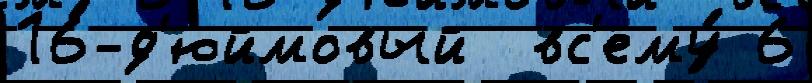
16-д'юймовый  вс'ему́ 6